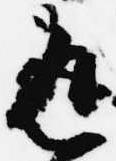
返